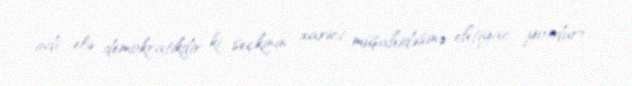
indi elə demokratikdir ki, seçkinin xarici müşahidəsinə ehtiyac yoxdur».